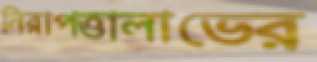
নিরাপত্তালাভের